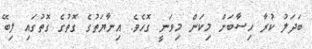
ބަދަލު ކުރާ ހިސާބަށް މިކަން މިވަނީ ގޮހެވެ. އިނާޔަތުގެ ގޮތުގެ ގޮތުގައި ލިބޭ